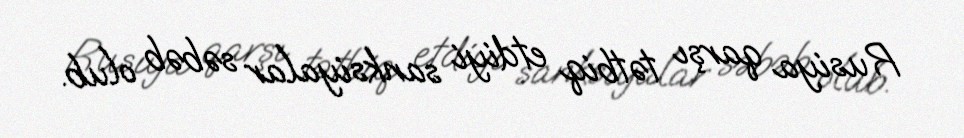
Rusiya qarşı tətbiq etdiyi sanksiyalar səbəb olub.